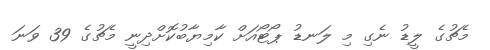
މެޗުގެ ލީޑު ނެގި މި ލަނޑު ޕޯޓޯއަށް ކާމިޔާބުކޮށްދިނީ މެޗުގެ 39 ވަނަ